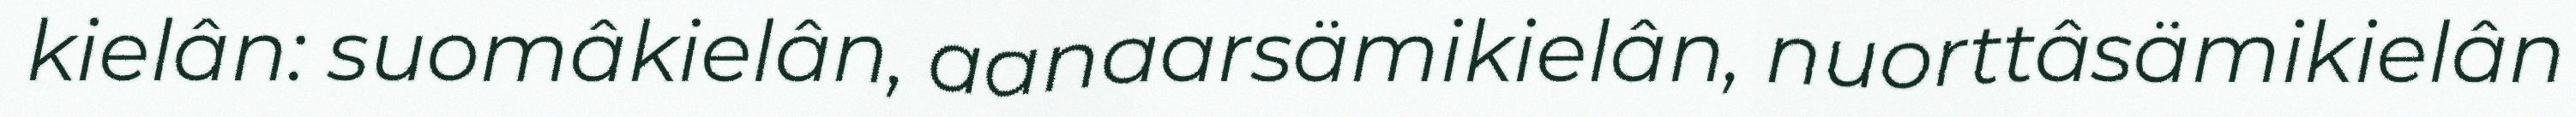
kielân: suomâkielân, aanaarsämikielân, nuorttâsämikielân